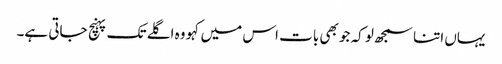
یہاں اتنا سمجھ لو کہ جو بھی بات اس میں کہو وہ اگلے تک پہنچ جاتی ہے۔